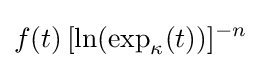
f(t)\,[\ln(\exp _{\kappa }(t))]^{-n}